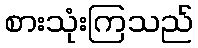
စားသုံးကြသည်